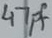
Text: 47pf